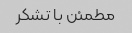
مطمئن با تشکر